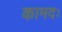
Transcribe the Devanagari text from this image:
कामदः